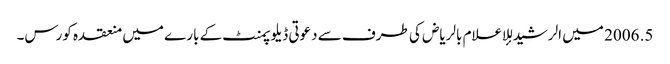
5. 2006 میں الرشید للإعلام بالریاض کی طرف سے دعوتی ڈیلوپمنٹ کے بارے میں منعقدہ کورس۔